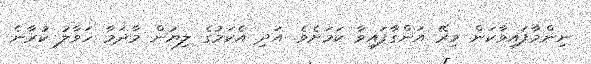
ނިންމާފައިވާކަން މިރޭ އަންގާފައިވާ ކަމަށެވެ. އަދި އެކަމުގެ ލިޔުން މާދަމާ ހަވާލު ކުރާނެ